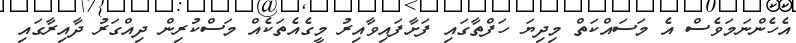
އެހެންނަމަވެސް އެ މަސައްކަތް މިދިޔަ ހަފްތާގައި ފަށާފައިވާއިރު މީގެއެތަކެއް މަސްކުރިން ދިއްގަރު ދާއިރާގައި